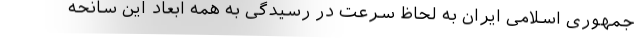
جمهوری اسلامی ایران به لحاظ سرعت در رسیدگی به همه ابعاد این سانحه